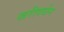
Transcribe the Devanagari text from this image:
खरीवर्धन